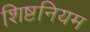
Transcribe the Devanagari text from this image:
शिष्टनियम